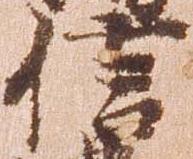
信